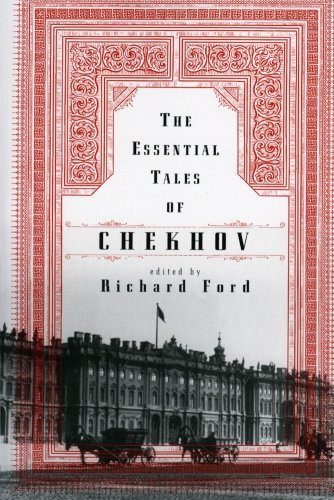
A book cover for The Essential Tales of Chekhov; Anton Chekhov; Literature & Fiction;